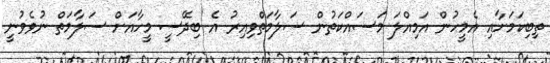
ތިބިކަމަށާއި އެމީހުން އަމިއްލަ މަސައްކަތުން ސަލާމަތްވިއިރު އެ ބިދޭސީ މީހާއަށް ސަލާމަތް ނުވެވުނީ